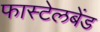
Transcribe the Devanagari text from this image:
फास्टेलबेंड